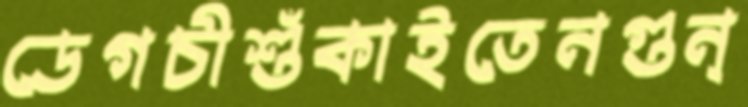
ডেগচীশুঁকাইতেনগুন্